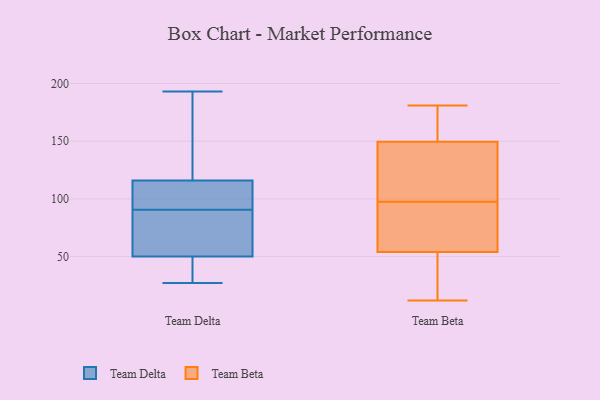
{"axis": {"x": "Latency (ms)", "y": "Value"}, "legend": ["Team Beta", "Team Delta"], "data": [{"x": "", "y": 42, "type": "Team Delta"}, {"x": "", "y": 157, "type": "Team Delta"}, {"x": "", "y": 27, "type": "Team Delta"}, {"x": "", "y": 93, "type": "Team Delta"}, {"x": "", "y": 59, "type": "Team Delta"}, {"x": "", "y": 29, "type": "Team Delta"}, {"x": "", "y": 189, "type": "Team Delta"}, {"x": "", "y": 101, "type": "Team Delta"}, {"x": "", "y": 106, "type": "Team Delta"}, {"x": "", "y": 50, "type": "Team Delta"}, {"x": "", "y": 113, "type": "Team Delta"}, {"x": "", "y": 72, "type": "Team Delta"}, {"x": "", "y": 88, "type": "Team Delta"}, {"x": "", "y": 42, "type": "Team Delta"}, {"x": "", "y": 190, "type": "Team Delta"}, {"x": "", "y": 79, "type": "Team Delta"}, {"x": "", "y": 193, "type": "Team Delta"}, {"x": "", "y": 116, "type": "Team Delta"}, {"x": "", "y": 176, "type": "Team Beta"}, {"x": "", "y": 102, "type": "Team Beta"}, {"x": "", "y": 181, "type": "Team Beta"}, {"x": "", "y": 68, "type": "Team Beta"}, {"x": "", "y": 115, "type": "Team Beta"}, {"x": "", "y": 12, "type": "Team Beta"}, {"x": "", "y": 151, "type": "Team Beta"}, {"x": "", "y": 148, "type": "Team Beta"}, {"x": "", "y": 35, "type": "Team Beta"}, {"x": "", "y": 17, "type": "Team Beta"}, {"x": "", "y": 138, "type": "Team Beta"}, {"x": "", "y": 40, "type": "Team Beta"}, {"x": "", "y": 93, "type": "Team Beta"}, {"x": "", "y": 85, "type": "Team Beta"}, {"x": "", "y": 151, "type": "Team Beta"}, {"x": "", "y": 90, "type": "Team Beta"}]}